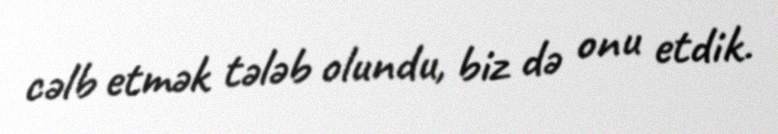
cəlb etmək tələb olundu, biz də onu etdik.